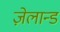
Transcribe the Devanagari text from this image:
ज़ेलान्ड